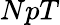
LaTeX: NpT